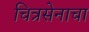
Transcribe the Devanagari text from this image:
चित्रसेनाचा